Leaving Certificate Examination, 1925
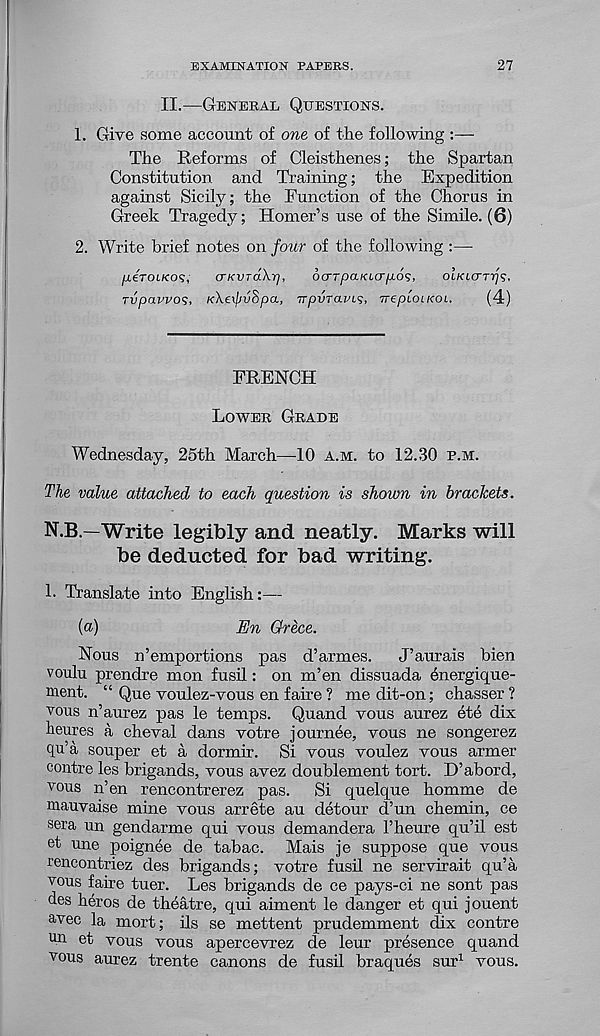
EXAMINATION PAPERS.
27
II.—GENERAL QUESTIONS.
1. Give some account of one of the following :—
The Reforms of Cleisthenes; the Spartan
Constitution and Training; the Expedition
against Sicily; the Function of the Chorus in
Greek Tragedy; Homer’s use of the Simile. (6)
2. Write brief notes on jour of the following :—-
/leTOLKOs,
aKVTaXrj,
6crTpaKLcrfj.6<s,
OLKLCTTijs.
Tvpavvo<;, K\e\pvSpa, upvTavt*;, trepLOiKOi.
(4)
FRENCH
LOWER GRADE
Wednesday, 25th March—10 A.M. to 12.30 P.M.
The value attached to each question is shown in brackets.
N.B.—Write legibly and neatly. Marks will
be deducted for bad writing.
1. Translate into English:—
(a)
En Grece.
Nous n’emportions pas d’armes.
J’aurais bien
voulu prendre mon fusil: on m’en dissuada energique-
ment. “ Que voulez-vous en faire ? me dit-on; chasser ?
vous n’aurez pas le temps. Quand vous aurez ete dix
heures a cheval dans votre journee, vous ne songerez
qu’a souper et a dormir. Si vous voulez vous armer
centre les brigands, vous avez doublement tort. D’abord,
vous n’en rencontrerez pas. Si quelque homme de
mauvaise mine vous arrete au detour d’un chemin, ce
sera un gendarme qui vous demandera 1’heure qu’il est
et une poignee de tabac. Mais je suppose que vous
rencontriez des brigands; votre fusil ne servirait qu’a
vous faire tuer. Les brigands de ce pays-ci ne sont pas
des heros de theatre, qui aiment le danger et qui jouent
a vec la mort; ils se mettent prudemment dix contre
un et vous vous apercevrez de leur presence quand
vous aurez trente canons de fusil braques sur 1 vous.